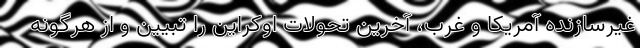
غیرسازنده آمریکا و غرب، آخرین تحولات اوکراین را تبیین و از هرگونه